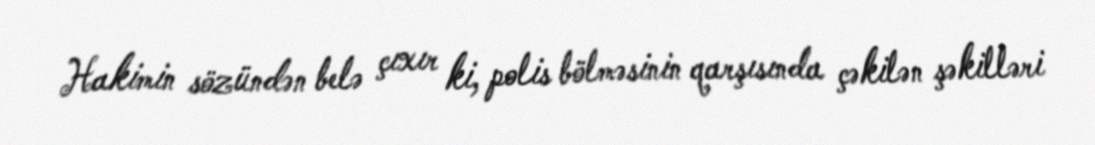
Hakimin sözündən belə çıxır ki, polis bölməsinin qarşısında çəkilən şəkilləri